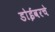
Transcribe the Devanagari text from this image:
डोईवरचे